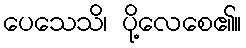
ပေသေသိ၊ ပို့လေစေ၏။